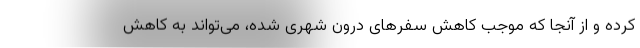
کرده و از آنجا که موجب کاهش سفرهای درون شهری شده، می‌تواند به کاهش